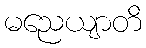
မညေယျာတိ